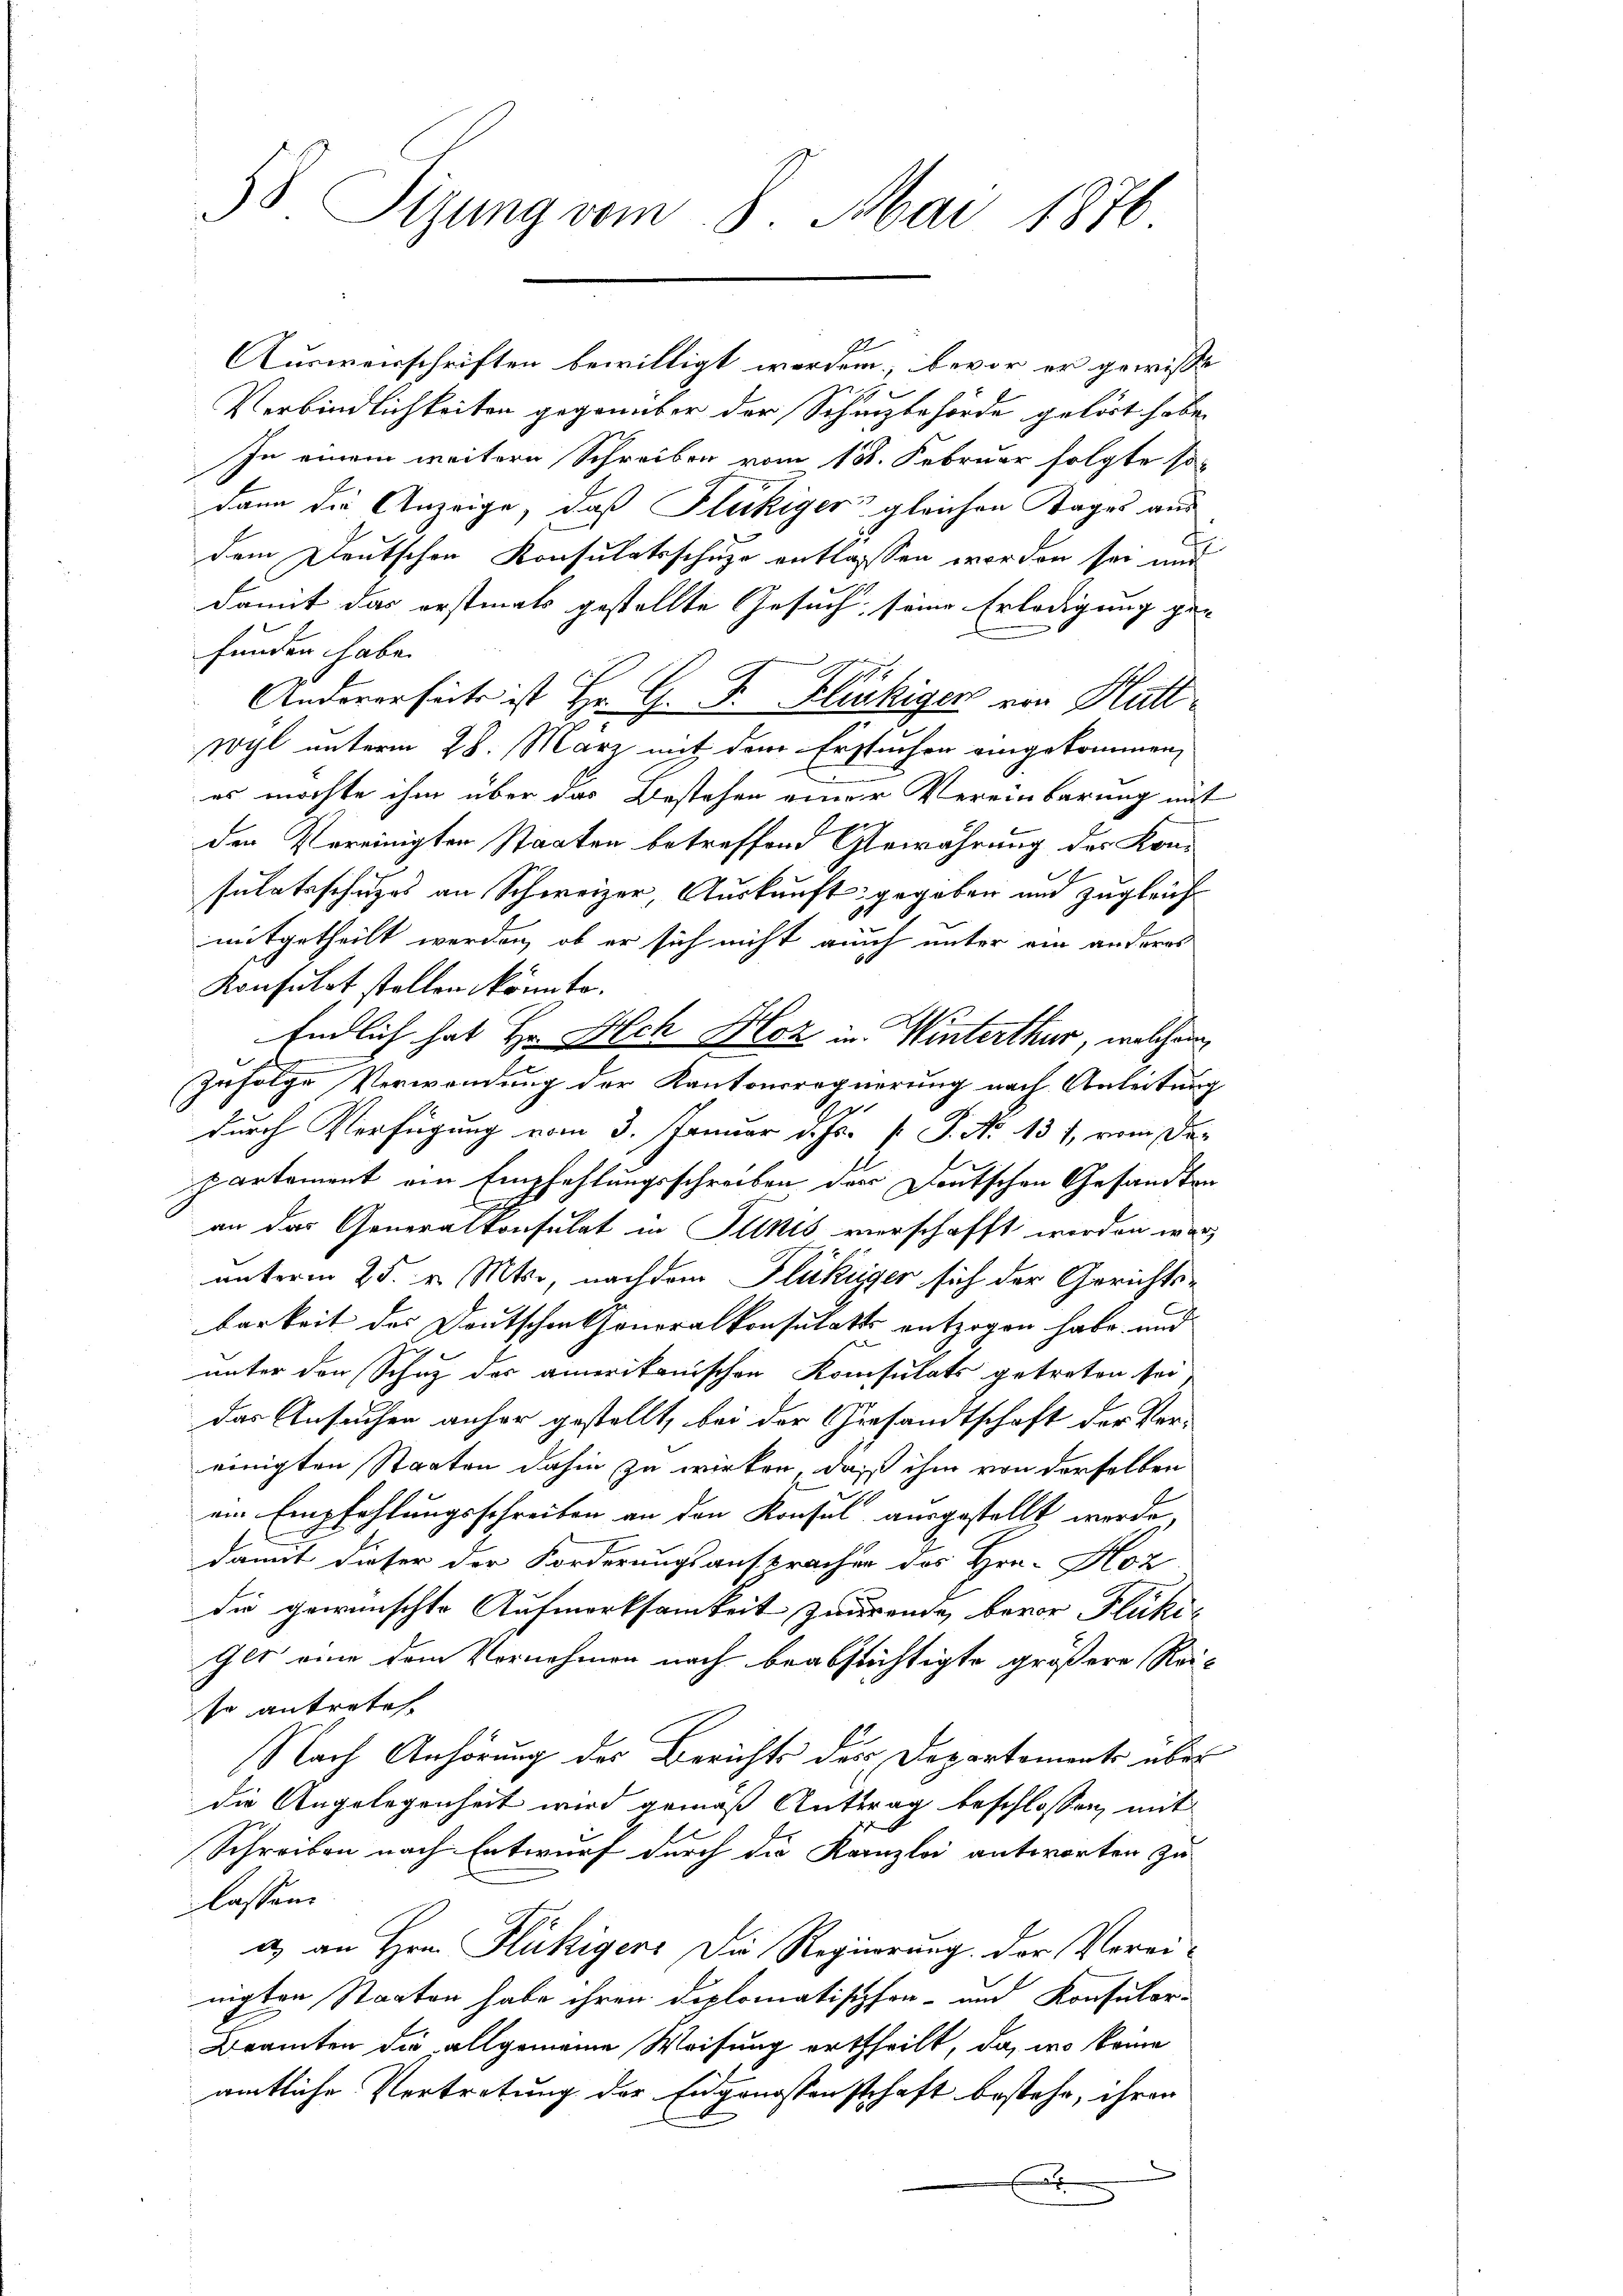
58 Sizung vom 8. Mai 1876.

Ausverschriften bewilligt worden, bevor er gewisse
Verbindlichkeiten gegenüber der Schanzbehörde gelöst habe.
In einem weitere Schreiben vom 18. Februar folgte so-
dann die Anzeige, daß Flückiger gleichen Tages aus
dem Deutschen Konsulatsschule entlassen worden sei und
damit das erstmals gestellte Gesuch, seine Erledigung ge-
funden habe.
Andererseits ist Hr. G. P. Fluhiger von Hütt
wyl unterm 28. März mit dem Erstuchen eingekommen,
es möchte ihm über das Bestehen einer Vereinbarung mit
den Vereinigten Staaten betreffend Gewährung des Kon-
sulatsschuzes an Schweizer, Auskunft gegeben und zugleich
mitgetheilt werden, ob er sich nicht auch unter ein anderes
Konsulat stellen könnte.
Endlich hat Hr. Ach Hoz in Winterthur, welchem
zufolge Verwendung der Kantonsregierung nach Anleitung
durch Verfügung vom 3. Januar d. Js. p. P. No 131, vom Departement ein Empfehlungsschreiben der Deutschen Gesandte
an das Generalkonsulat in Skis verschafft werden wär
unterm 25. v. Mts., nachdem Flückiger sich der Gerichtsbarkeit des Deutschenthonoralkonsulates entzogen habe, und
unter den Schuz des amerikanischen Konsulats getreten sei,
das Ansuchen anher gestellt, bei der Gesandtschaft der Ver-
einigten Staaten dahin zu wirken, daß ihm von derselben
ein Empfehlungsschreiben an den Konsul ausgestellt werde,
damit dieser der Forderungsansprachen des Hrn-Köz
die gewünschte Aufmerksamkeit zaurente, bevor Flückis
Gls eine dem Vornehmen nach beabsichtigte größere Rei-
se antretes.
Nach Anhörung des Berichts des Departements über
die Angelegenheit wird gemäß Antrag beschlossen, mit
Schreiben nach Entwurf durch die Kanzlei antworten Zu-
lassen.
a) an Hrn. Flückigers Die Regierung. Der Vereinigten Staaten habe ihren Diplomatischen- und Konsular-
Bramten die allgemeine Weisung ertheilt, da, wo könne
amtliche Vertretung der Eidgenossenschaft bestehe, ihren
x

E